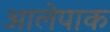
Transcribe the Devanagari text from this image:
आलेपाक